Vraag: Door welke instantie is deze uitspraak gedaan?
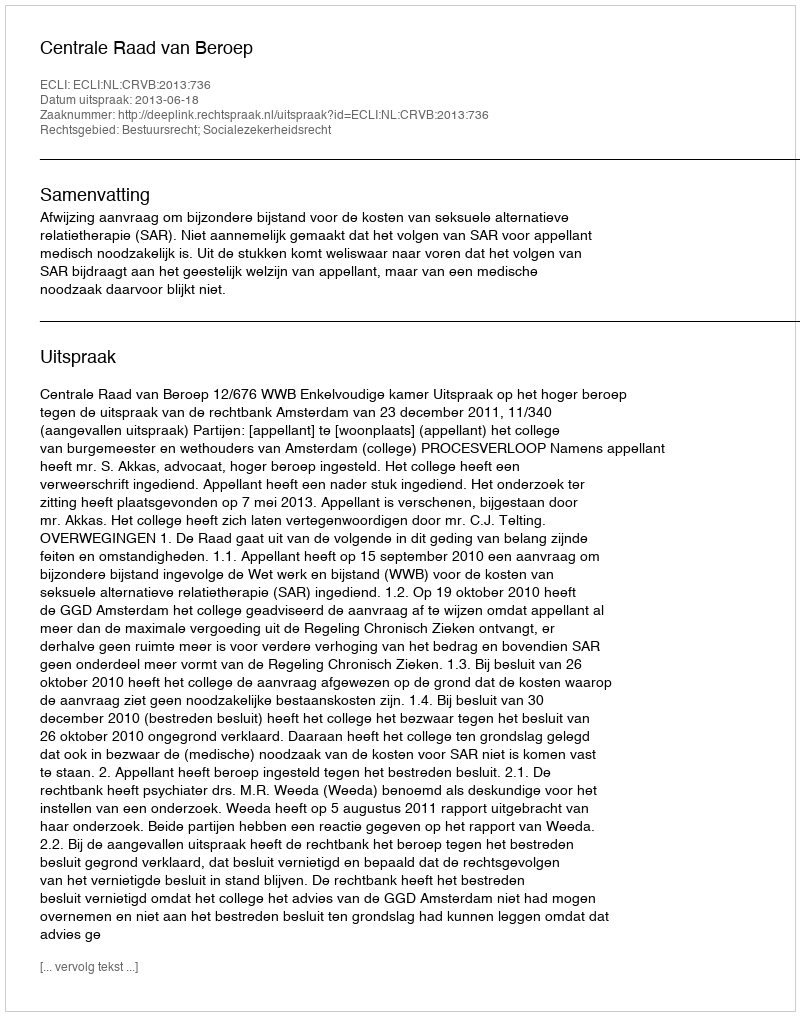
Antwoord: Centrale Raad van Beroep